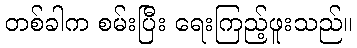
တစ်ခါက စမ်းပြီး ရေးကြည့်ဖူးသည်။